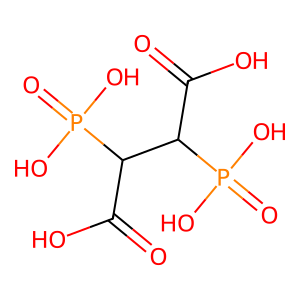
SMILES: O=C(O)C(C(C(=O)O)P(=O)(O)O)P(=O)(O)O
Inhibits HIV replication: No